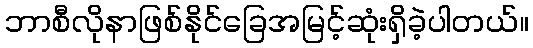
ဘာစီလိုနာဖြစ်နိုင်ခြေအမြင့်ဆုံးရှိခဲ့ပါတယ်။